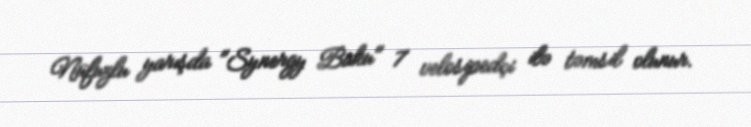
Nüfuzlu yarışda "Synergy Baku" 7 velosipedçi ilə təmsil olunur.